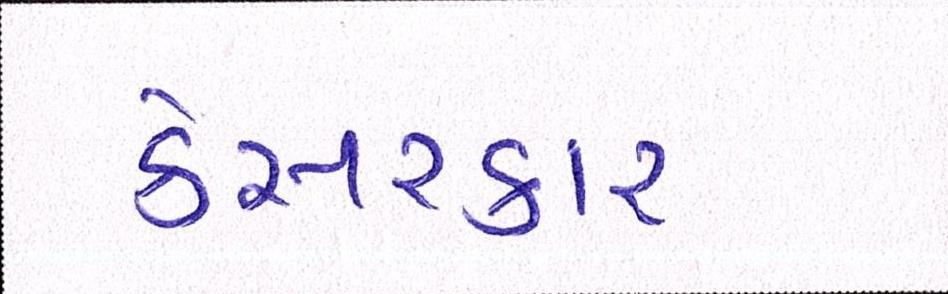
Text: કેસરકાર